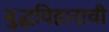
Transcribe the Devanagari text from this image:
बुद्धविहाराची